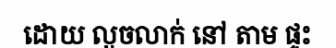
ដោយ លួចលាក់ នៅ តាម ផ្ទះ